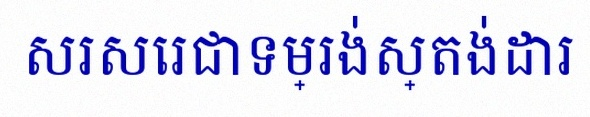
សរសេរជាទម្រង់ស្តង់ដារ